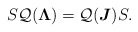
\begin{align*}S\mathcal Q(\boldsymbol \Lambda)=\mathcal Q(\boldsymbol J)S.\end{align*}